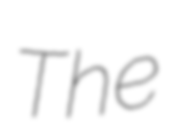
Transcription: The